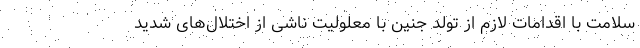
سلامت با اقدامات لازم از تولد جنین با معلولیت ناشی از اختلال‌های شدید